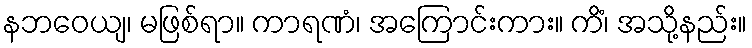
နဘဝေယျ၊ မဖြစ်ရာ။ ကာရဏံ၊ အကြောင်းကား။ ကိံ၊ အသို့နည်း။